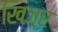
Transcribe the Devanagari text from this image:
खिज़्र